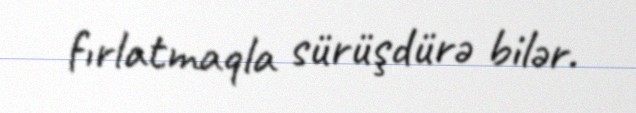
fırlatmaqla sürüşdürə bilər.